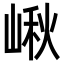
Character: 𡺘